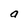
Character: a